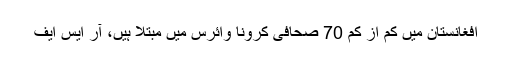
افغانستان میں کم از کم 70 صحافی کرونا وائرس میں مبتلا ہیں، آر ایس ایف